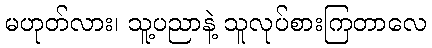
မဟုတ်လား၊ သူ့ပညာနဲ့ သူလုပ်စားကြတာလေ